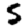
Digit: 5